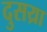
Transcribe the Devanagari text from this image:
दुसय्रा